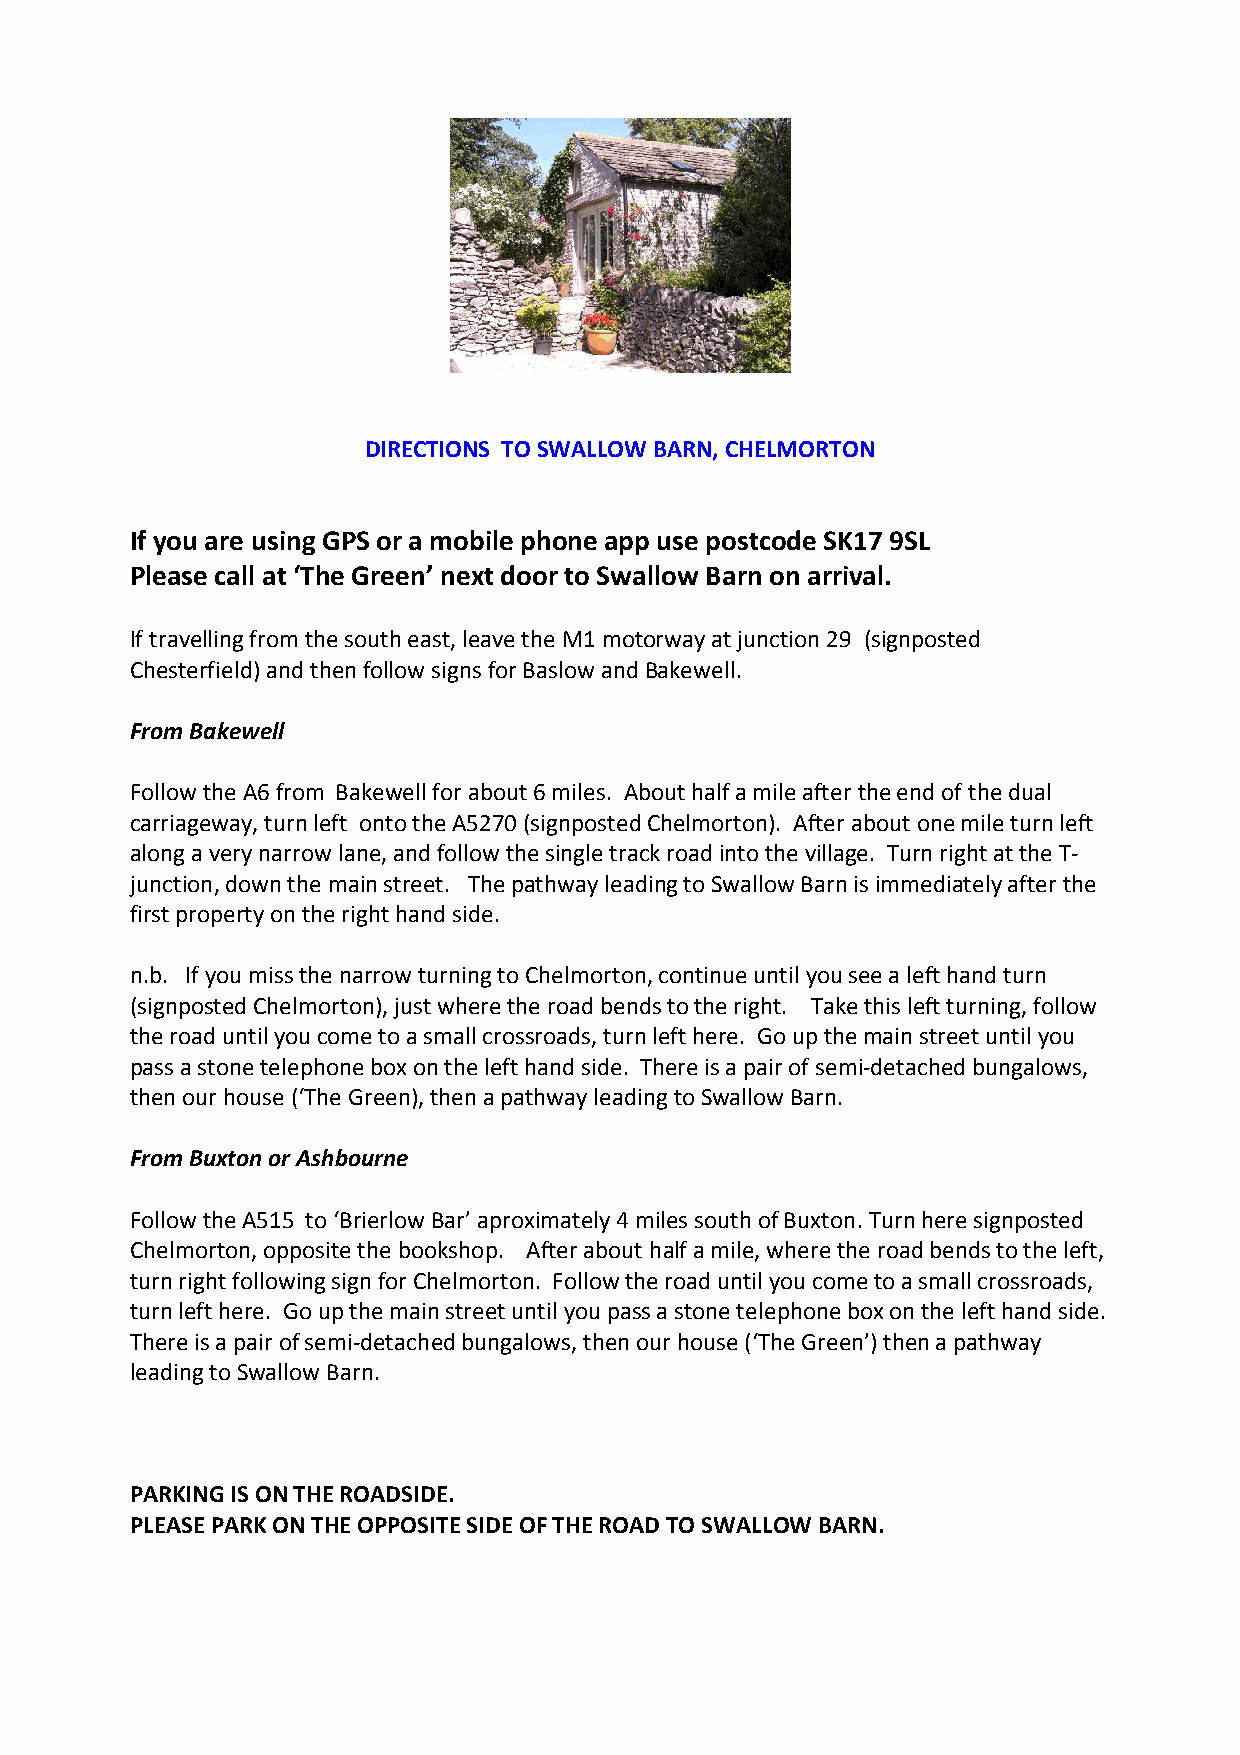
DIRECTIONS TO SWALLOW BARN, CHELMORTON
 If you are using GPS or a mobile phone app use postcode SK17 9SL
 Please call at ‘The Green’ next door to Swallow Barn on arrival.
 If travelling from the south east, leave the M1 motorway at junction 29 (signposted
 Chesterfield) and then follow signs for Baslow and Bakewell.
 From Bakewell
 Follow the A6 from Bakewell for about 6 miles. About half a mile after the end of the dual
 carriageway, turn left onto the A5270 (signposted Chelmorton). After about one mile turn left
 along a very narrow lane, and follow the single track road into the village. Turn right at the T-
 junction, down the main street. The pathway leading to Swallow Barn is immediately after the
 first property on the right hand side.
 n.b. If you miss the narrow turning to Chelmorton, continue until you see a left hand turn
 (signposted Chelmorton), just where the road bends to the right. Take this left turning, follow
 the road until you come to a small crossroads, turn left here. Go up the main street until you
 pass a stone telephone box on the left hand side. There is a pair of semi-detached bungalows,
 then our house (‘The Green), then a pathway leading to Swallow Barn.
 From Buxton or Ashbourne
 Follow the A515 to ‘Brierlow Bar’ aproximately 4 miles south of Buxton. Turn here signposted
 Chelmorton, opposite the bookshop. After about half a mile, where the road bends to the left,
 turn right following sign for Chelmorton. Follow the road until you come to a small crossroads,
 turn left here. Go up the main street until you pass a stone telephone box on the left hand side.
 There is a pair of semi-detached bungalows, then our house (‘The Green’) then a pathway
 leading to Swallow Barn.
 PARKING IS ON THE ROADSIDE.
 PLEASE PARK ON THE OPPOSITE SIDE OF THE ROAD TO SWALLOW BARN.